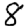
Digit: 8